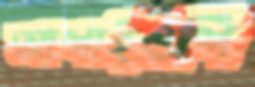
আশাইওশি